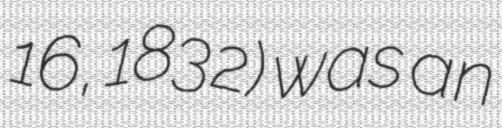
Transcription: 16, 1832) was an